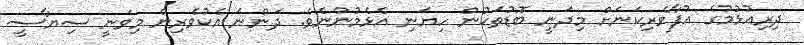
ދިރިއުޅުމުގެ އުފާވެރިކަނަށް މިދަނީ ބޮޑުތަކުން ހިޔަނި އެޅެމުންނެވެ. ދަންނަ އެކުވެރިން މިވަނީ ސިޔާސީ